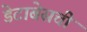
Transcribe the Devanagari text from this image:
डेटाबेसची